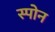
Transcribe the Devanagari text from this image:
स्पोन